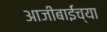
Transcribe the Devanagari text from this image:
आजीबाईंच्या